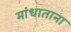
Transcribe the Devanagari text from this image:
मांधाताना